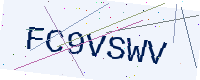
Text: FC9VSWV